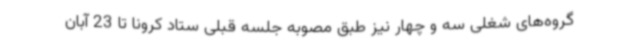
گروه‌های شغلی سه و چهار نیز طبق مصوبه جلسه قبلی ستاد کرونا تا 23 آبان